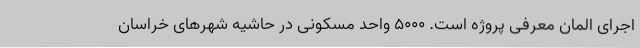
اجرای المان معرفی پروژه است. 5000 واحد مسکونی در حاشیه شهرهای خراسان